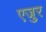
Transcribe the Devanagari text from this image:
एजुर